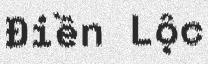
Điền Lộc